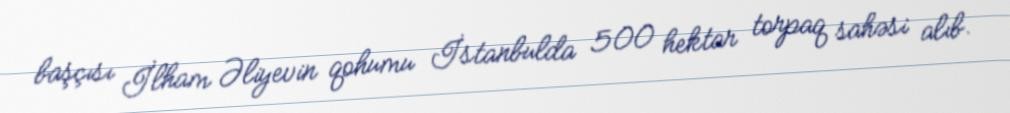
başçısı İlham Əliyevin qohumu İstanbulda 500 hektar torpaq sahəsi alıb.